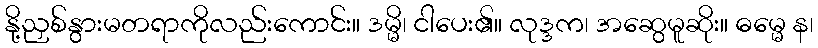
နို့ညှစ်နွားမတရာကိုလည်းကောင်း။ ဒမ္မိ၊ ငါပေး၏။ လုဒ္ဒက၊ အဆွေမူဆိုး။ ဓမ္မေ န၊